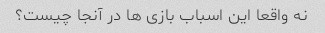
نه واقعا این اسباب بازی ها در آنجا چیست؟